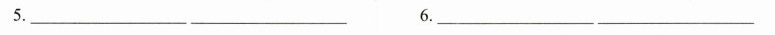
5._______________ 6._____________